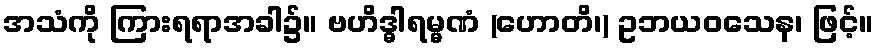
အသံကို ကြားရရာအခါ၌။ ဗဟိဒ္ဓါရမ္မဏံ (ဟောတိ၊) ဥဘယဝသေန၊ ဖြင့်။